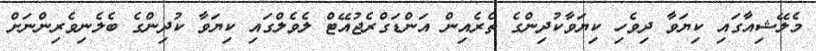
މެލޭޝިއާގައި ކިޔަވާ ދިވެހި ކިޔަވާކުދިންގެ ތެރެއިން އަންޑަގްރެޖުއޭޓް ލެވެލްގައި ކިޔަވާ ކުދިންގެ ބެލެނިވެރިންނަށް